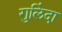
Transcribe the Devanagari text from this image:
गुलिंदा